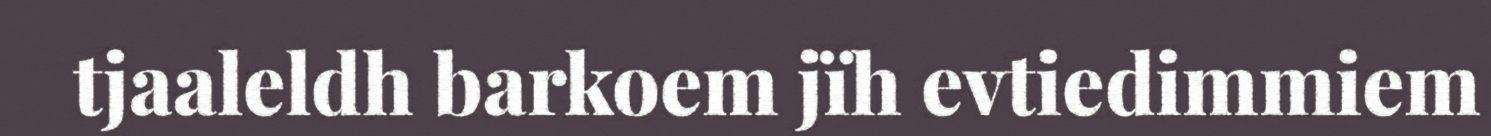
tjaaleldh barkoem jïh evtiedimmiem